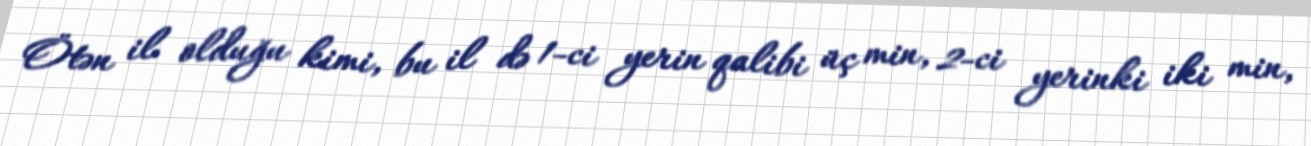
Ötən il olduğu kimi, bu il də 1-ci yerin qalibi üç min, 2-ci yerinki iki min,